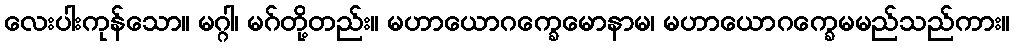
လေးပါးကုန်သော။ မဂ္ဂါ၊ မဂ်တို့တည်း။ မဟာယောဂက္ခေမောနာမ၊ မဟာယောဂက္ခေမမည်သည်ကား။